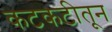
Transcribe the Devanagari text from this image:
कटकटीतून